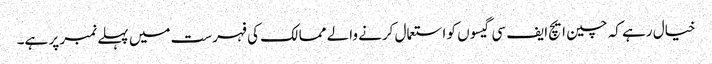
خیال رہے کہ چین ایچ ایف سی گیسوں کو استعمال کرنے والے ممالک کی فہرست میں پہلے نمبر پر ہے۔